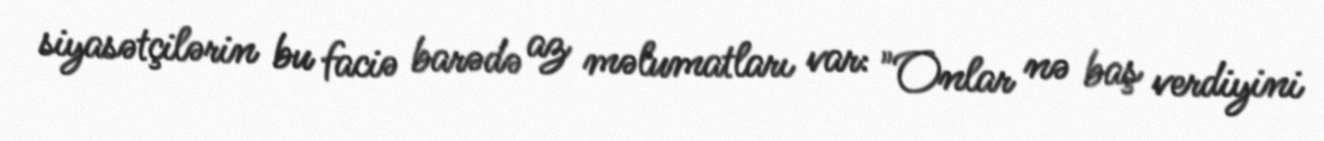
siyasətçilərin bu faciə barədə az məlumatları var: "Onlar nə baş verdiyini